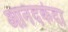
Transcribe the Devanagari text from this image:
आनंदकंदा